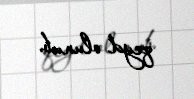
qeyd olunub.